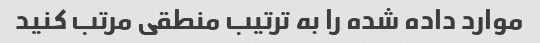
موارد داده شده را به ترتیب منطقی مرتب کنید